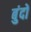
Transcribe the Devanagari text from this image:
बुंदों